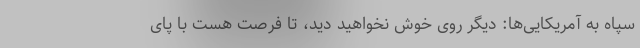
سپاه به آمریکایی‌ها: دیگر روی خوش نخواهید دید، تا فرصت هست با پای